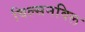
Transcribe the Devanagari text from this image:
विल्सनविल